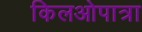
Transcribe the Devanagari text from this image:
किलओपात्रा